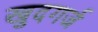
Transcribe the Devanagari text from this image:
खुदगर्ज